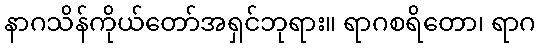
နာဂသိန်ကိုယ်တော်အရှင်ဘုရား။ ရာဂစရိတော၊ ရာဂ